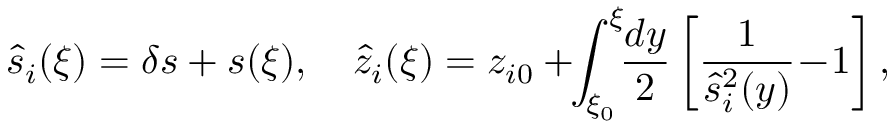
\hat { s } _ { i } ( \xi ) = \delta s + s ( \xi ) , \quad \hat { z } _ { i } ( \xi ) = z _ { i 0 } + \! \! \int _ { \xi _ { 0 } } ^ { \xi } \! \! \frac { d y } 2 \left[ \frac { 1 } { \hat { s } _ { i } ^ { 2 } ( y ) } \! - \! 1 \right] ,